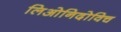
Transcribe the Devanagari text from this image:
लिओनिदोविच